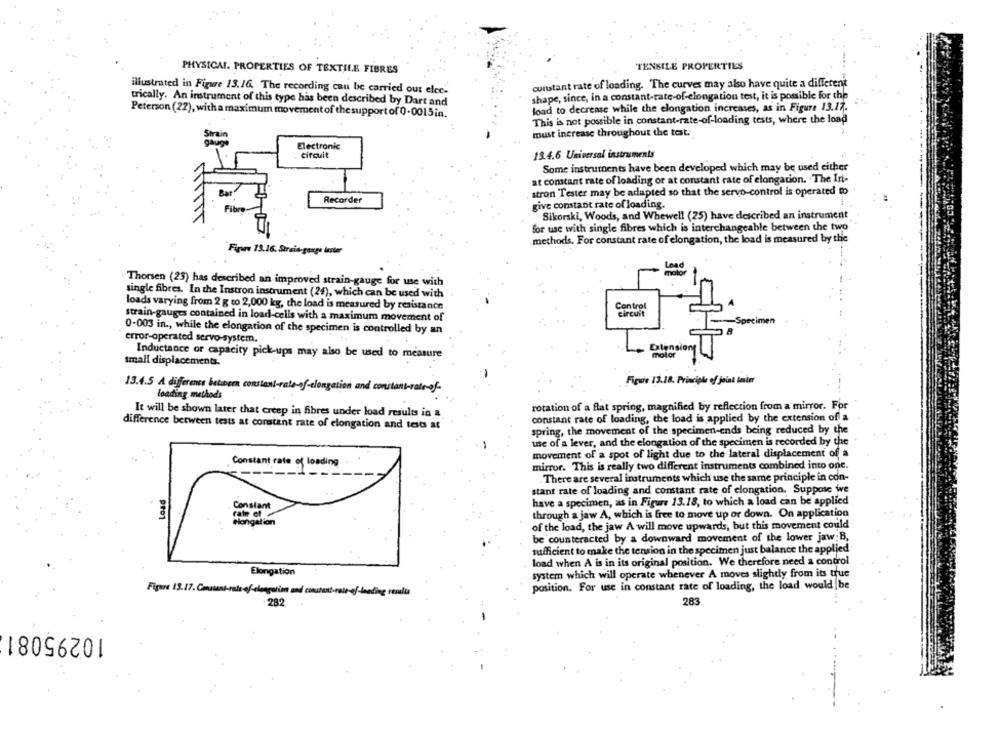
TENSILE PROPERTIES
PHYSICAL. PROPERTIES OF TEXTILE FIBRES
cunstant rate of loading. The curves may also have quite a different
illustrated in Figure 13.16. The recording can be carried out elec-
shape, since, in a constant-rate-of-elongation test, it is possible for the
trically. An instrument of this type has been described by Dart and
load to decrease while the elongation increases, as in Figure 13.17.
Peterson (22), with a maximum movement of the support of 0.0015 in.
This is not possible in constant-rate-of-loading tests, where the load
must increase throughout the test.
Strain
Electronic
circuit
13.4.6 Universal instruments
Some instruments have been developed which may be used either
at constant rate of loading or at constant rate of elongation. The Int-
stron Tester may be adapted so that the servo-control is operated to
Recorder
give constant rate of loading
Sikorski, Woods, and Whewell (25) have described an instrument
for use with single fibres which is interchangeable between the two
methods. For constant rate of elongation, the load is measured by the
Figure 13.16. Strain-gange lester
Thorsen (25) has described an improved strain-gauge for use with
single fibres. In the Instron instrument (24), which can be used with
loads varying from 2 g to 2,000 kg, the load is measured by resistance
Control
circuit
strain-gauges contained in load-cells with a maximum movement of
0-003 in ., while the elongation of the specimen is controlled by an
error-operated servo-system,
Inductance or capacity pick-ups may also be used to measure
motor
small displacements.
Figure 13.18. Principle of joint taskmr
13.4.5 A diformes bettera constant-rale-of-elongation and constant-rate-of-
loading methods
rotation of a flat spring, magnified by reflection from a mirror. For
It will be shown later that creep in fibres under load results in a
constant rate of loading, the load is applied by the extension of a
difference between tests at constant rate of elongation and tests at
spring, the movement of the specimen-ends being reduced by the
use of a lever, and the elongation of the specimen is recorded by the
movement of a spot of light due to the lateral displacement of a
Constant cate of loading
mirror. This is really two different instruments combined into one.
There are several instruments which use the same principle in con-
stant rate of loading and constant rate of elongation. Suppose we
Constant
have a specimen, as in Figure 13.18, to which a load can be applied
rate el
through a jaw A, which is free to move up or down. On application
elongation
of the load, the jaw A will move upwards, but this movement could
be counteracted by a downward movement of the lower jaw:B,
sufficient to make the tension in the specimen just balance the applied
load when A is in its original position. We therefore need a control
Elongation
system which will operate whenever A moves slightly from its true
position. For use in constant rate of loading, the load would be
Figure 13.17. Constant-rate of-clongotim and constant-rate-of-loading
resulta
282
283
10295081